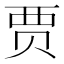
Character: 贾